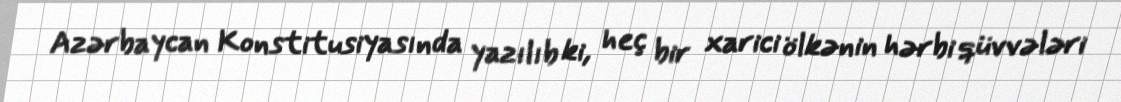
Azərbaycan Konstitusiyasında yazılıb ki, heç bir xarici ölkənin hərbi qüvvələri